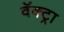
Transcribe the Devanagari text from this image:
वॅक्ट्रा